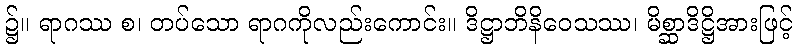
၌။ ရာဂဿ စ၊ တပ်သော ရာဂကိုလည်းကောင်း။ ဒိဋ္ဌာဘိနိဝေသဿ၊ မိစ္ဆာဒိဋ္ဌိအားဖြင့်